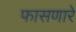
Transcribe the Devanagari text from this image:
फासणारे